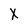
Character: X